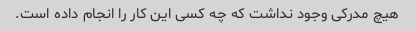
هیچ مدرکی وجود نداشت که چه کسی این کار را انجام داده است.